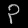
Digit: ၃